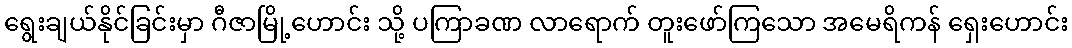
ရွေးချယ်နိုင်ခြင်းမှာ ဂီဇာမြို့ဟောင်း သို့ ပကြာခဏ လာရောက် တူးဖော်ကြသော အမေရိကန် ရှေးဟောင်း